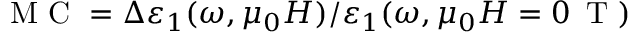
\mathrm { ~ M ~ C ~ } = \Delta \varepsilon _ { 1 } ( \omega , \mu _ { 0 } H ) / \varepsilon _ { 1 } ( \omega , \mu _ { 0 } H = 0 \, \mathrm { ~ T ~ } )